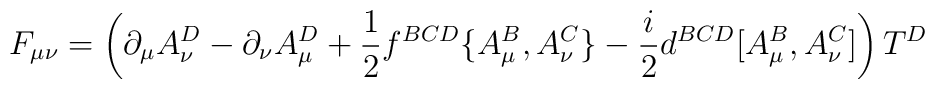
F_{\mu\nu}=\left(\partial_\mu A^D_\nu-\partial_\nu A^D_\mu+{1\over2}f^{BCD}\{A^B_\mu, A^C_\nu\}-{i\over2}d^{BCD}[A^B_\mu, A^C_\nu]\right)T^D